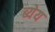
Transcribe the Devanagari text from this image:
ब्येय